Annual administration report of the Civil Veterinary Department, Sind - 1938-1939
Year: 1938
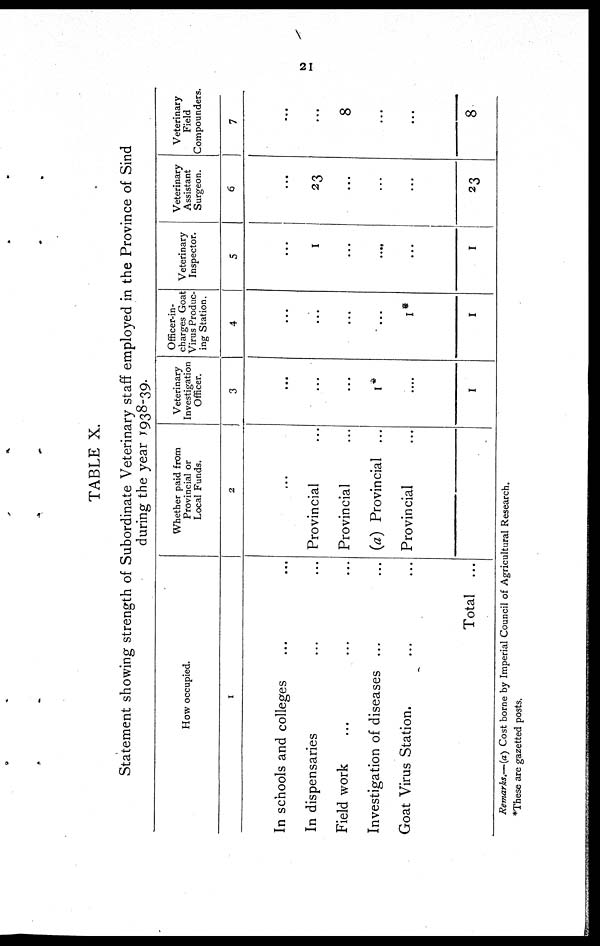
21
TABLE X.
Statement showing strength of Subordinate Veterinary staff employed in the Province of Sind
during the year 1938-39.
How occupied.
1
In schools and colleges ... ...
In dispensaries ... ...
Field work ... ... ...
Investigation of diseases ... ...
Goat Virus Station. ... ...
Total ...
Whether paid from
Provincial or
Local Funds.
2
...
Provincial
Provincial
(a) Provincial ...
Provincial
Veterinary
Investigation
Officer.
3
...
...
...
1
....
1
Officer-in¬
charges Goat
Virus Produc-
ing Station.
4
...
...
...
...
1
1
Veterinary
Inspector.
5
...
1
...
....
...
1
Veterinary
Assistant
Surgeon.
6
...
23
...
...
...
23
Veterinary
Field
Compounders.
7
...
...
8
...
...
8
Remarks.—(a) Cost borne by Imperial Council of Agricultural Research.
These are gazetted posts.